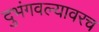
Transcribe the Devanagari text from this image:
दुभंगवल्यावरच